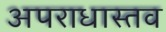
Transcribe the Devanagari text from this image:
अपराधास्तव